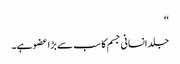
‘‘
جلد انسانی جسم کا سب سے بڑا عضو ہے۔